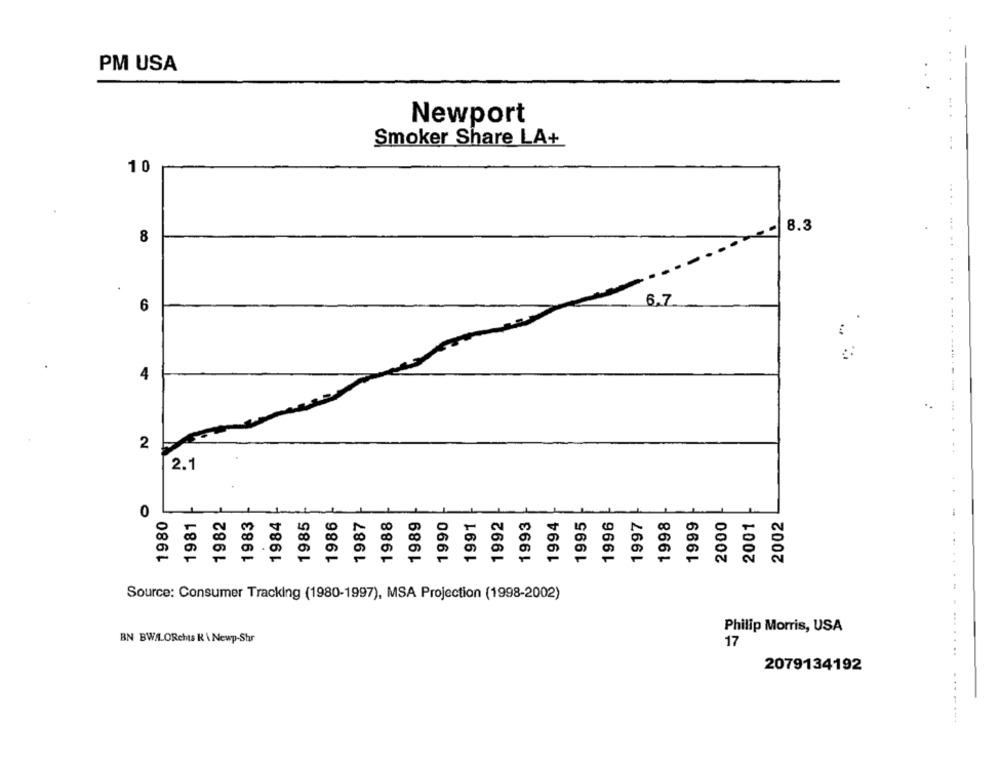
PM USA
Newport
--
Smoker Share LA+
10
----.
8.3
8
6.7
6
4
2
2.1
0
1980
1981
1982
1983
1984
1985
1986
1987
1988
1989
1990
1992
1993
1995
1996
1997
1998
1999
1991
1994
2000
2001
2002
Source: Consumer Tracking (1980-1997), MSA Projection (1998-2002)
Philip Morris, USA
BN BW/LORchts K \ Newp-Shr
17
2079134192